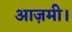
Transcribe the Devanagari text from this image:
आज़मी।